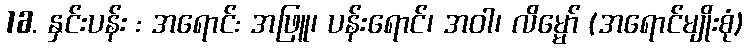
16. နှင်းပန်း : အရောင်: အဖြူ၊ ပန်းရောင်၊ အဝါ၊ လိမ္မော် (အရောင်မျိုးစုံ)